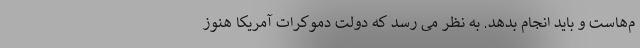
م‌هاست و باید انجام بدهد. به نظر می رسد که دولت دموکرات آمریکا هنوز